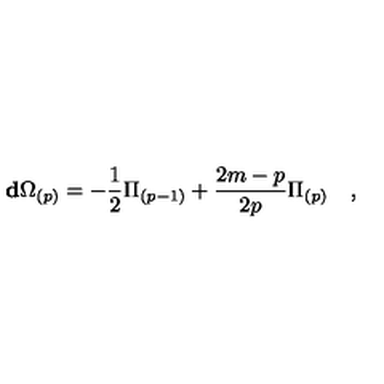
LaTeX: \mathbf { d } \Omega _ { ( p ) } = - { \frac { 1 } { 2 } } \Pi _ { ( p - 1 ) } + { \frac { 2 m - p } { 2 p } } \Pi _ { ( p ) } \quad ,